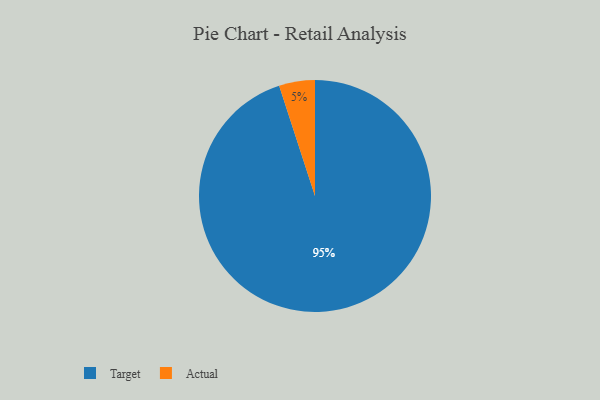
{"axis": {"x": "Category", "y": "Percentage"}, "legend": ["Actual", "Target"], "data": [{"x": "Actual", "y": 5, "type": "Actual"}, {"x": "Target", "y": 95, "type": "Target"}]}